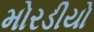
મોરડીયો